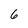
Character: 6